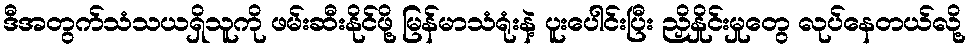
ဒီအတွက်သံသယရှိသူကို ဖမ်းဆီးနိုင်ဖို့ မြန်မာသံရုံးနဲ့ ပူးပေါင်းပြီး ညှိနှိုင်းမှုတွေ လုပ်နေတယ်လို့